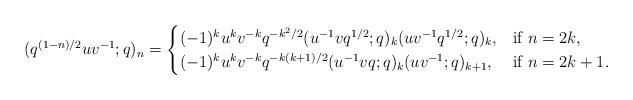
LaTeX: \begin{align*} (q^{(1-n)/2}uv^{-1};q)_{n}=\begin{cases} (-1)^{k}u^{k}v^{-k}q^{-k^{2}/2}(u^{-1}vq^{1/2};q)_{k}(uv^{-1}q^{1/2};q)_{k}, & \mbox {if } n=2k,\\ (-1)^{k}u^{k}v^{-k}q^{-k(k+1)/2}(u^{-1}vq;q)_{k}(uv^{-1};q)_{k+1}, & \mbox {if } n=2k+1. \end{cases} \end{align*}